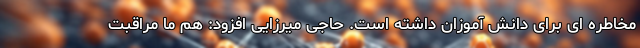
مخاطره ای برای دانش آموزان داشته است. حاجی میرزایی افزود: هم ما مراقبت